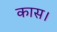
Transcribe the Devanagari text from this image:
कास।